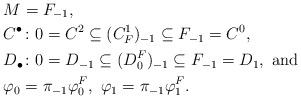
LaTeX: \begin{align*}&M=F_{-1},\\&C^\bullet\colon 0=C^2\subseteq (C^1_F)_{-1}\subseteq F_{-1}=C^0,\\&D_\bullet\colon 0=D_{-1}\subseteq (D_0^F)_{-1}\subseteq F_{-1}=D_1,\textup{ and}\\&\varphi_0=\pi_{-1}\varphi^F_{0},\ \varphi_{1}=\pi_{-1}\varphi^F_{1}.\end{align*}